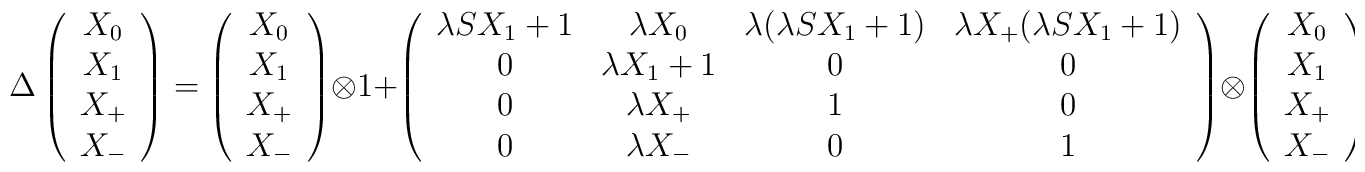
\Delta \left(\begin{array}{c}        X_{0}\\X_{1}\\X_{+}\\X_{-}\end{array}\right)= \left(\begin{array}{c}        X_{0}\\X_{1}\\X_{+}\\X_{-}\end{array}\right) \otimes 1+ \left(\begin{array}{cccc}        \lambda  SX_{1} + 1 & \lambda  X_{0}     & \lambda (\lambda  SX_{1} +1) & \lambda  X_{+} (\lambda  SX_{1} + 1) \\        0         & \lambda  X_{1} + 1 & 0            & 0                \\        0         & \lambda  X_{+}     & 1            & 0                \\        0         & \lambda  X_{-}     & 0            & 1\end{array}\right)\otimes \left(\begin{array}{c}        X_{0}\\X_{1}\\X_{+}\\X_{-}\end{array}\right).